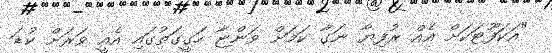
"އަކަފޫޓަކަށް އެއް ރުފިޔާ ނަގާ ކަމަށް ވަންޏާ ހަގީގަތުގައި އެއީ ވަރަށް ކުޑަ